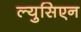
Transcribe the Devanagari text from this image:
ल्युसिएन